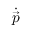
\dot { \vec { p } }